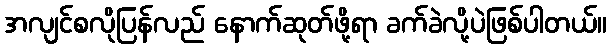
အလျင်စလိုပြန်လည် နောက်ဆုတ်ဖို့ရာ ခက်ခဲလို့ပဲဖြစ်ပါတယ်။